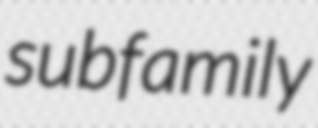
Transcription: subfamily